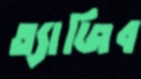
ত্যাজিব